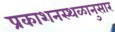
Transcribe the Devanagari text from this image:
प्रकाशनस्थळानुसार